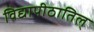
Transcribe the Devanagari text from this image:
विद्यापीठातिल्